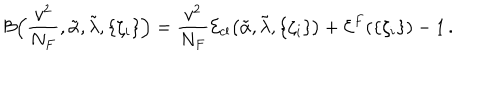
{ \cal B } \Bigl ( \frac { v ^ { 2 } } { N _ { F } } , \tilde { \alpha } , \tilde { \lambda } , \{ \zeta _ { i } \} \Bigr ) = \frac { v ^ { 2 } } { N _ { F } } { \cal E } _ { \mathrm { c l } } \bigl ( \tilde { \alpha } , \tilde { \lambda } , \{ \zeta _ { i } \} \bigr ) + { \cal E } ^ { F } ( \{ \zeta _ { i } \} ) - 1 \, .